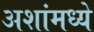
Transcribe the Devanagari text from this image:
अशांमध्ये